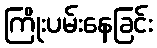
ကြိုးပမ်းနေခြင်း